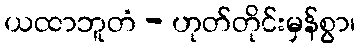
ယထာဘူတံ - ဟုတ်တိုင်းမှန်စွာ၊